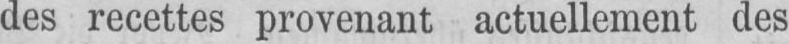
des recettes provenant actuellement des